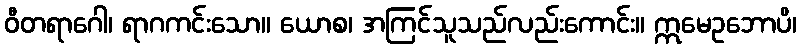
ဝီတရာဂေါ၊ ရာဂကင်းသော။ ယောစ၊ အကြင်သူသည်လည်းကောင်း။ ဣမေဥဘောပိ၊